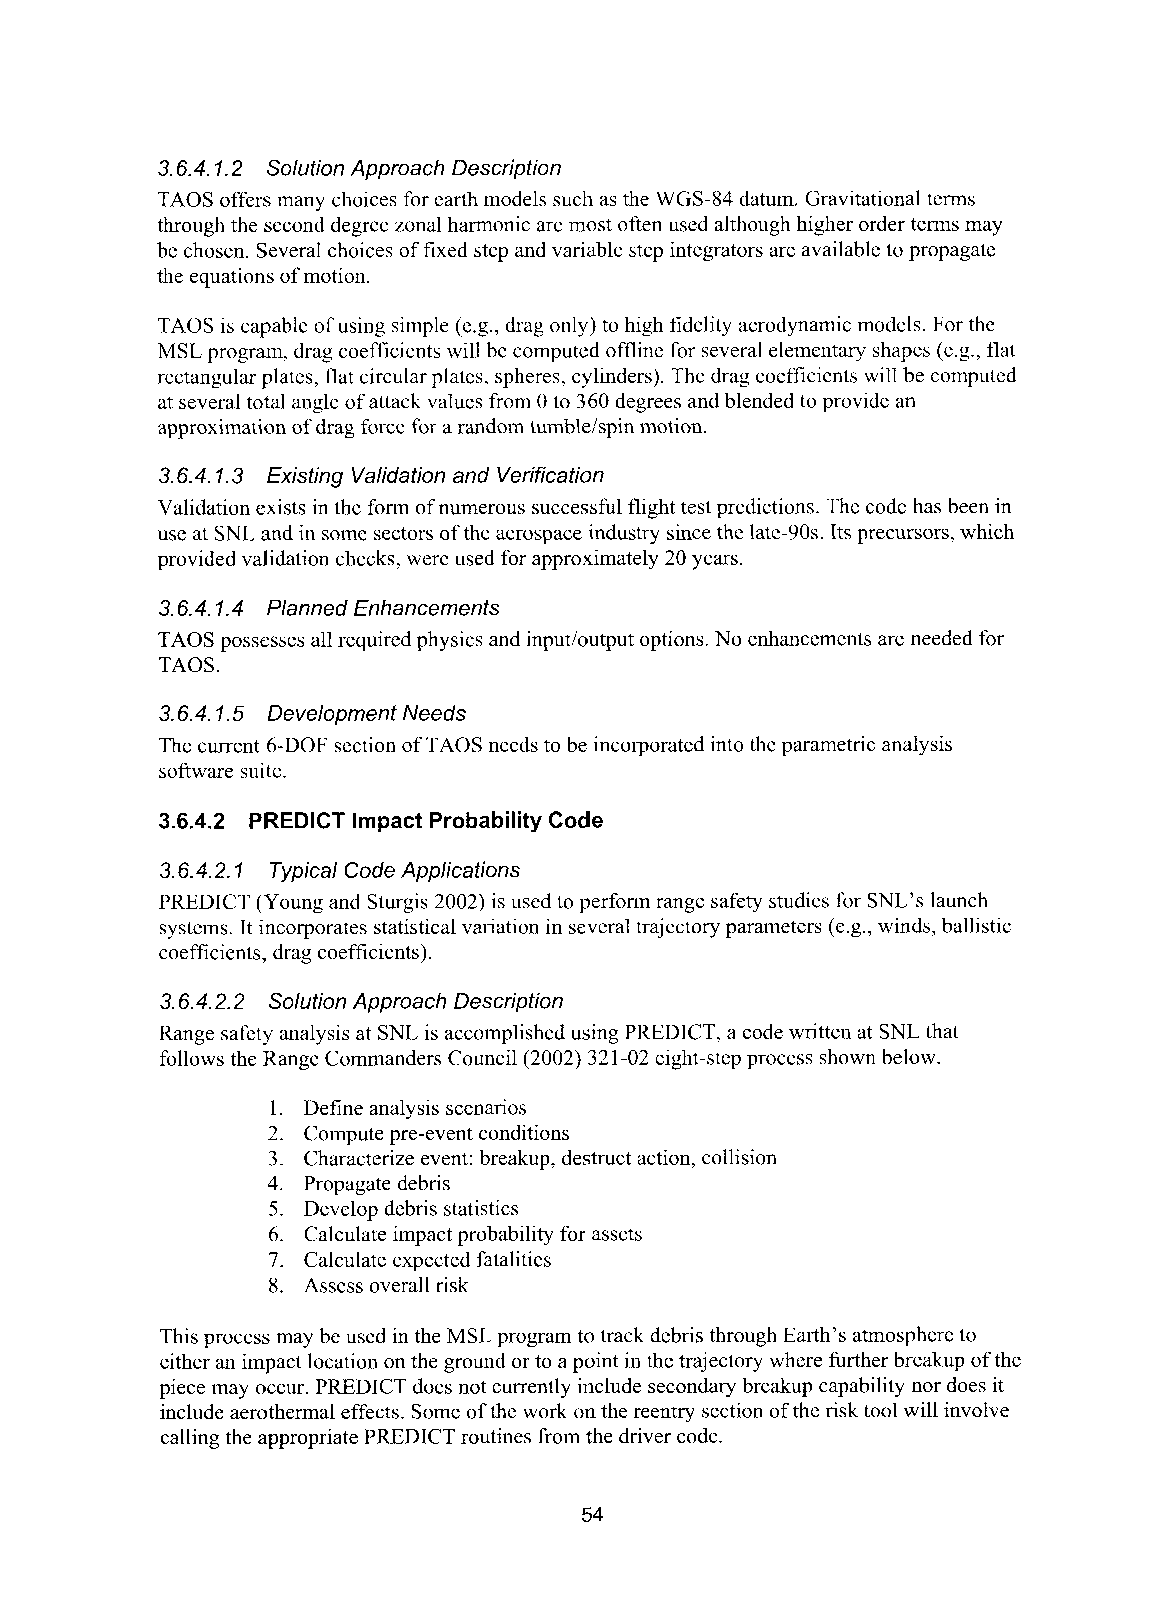
3.6.4. 1.2 Solution Approach Description
 TAOS offers many choices for earth models such as the WGS-84 datum. Gravitational terms
 through the second degree zonal harmonic are most often used although higher order terms may
 be chosen. Several choices of fixed step and variable step integrators are available to propagate
 the equations of motion.
 TAOS is capablc of using simple (e.g., drag only) to high fidelity aerodynamic models. For the
 MSL program, drag coefficients will be computed offline for several elerncntary shapes (e.g., flat
 rectangular plates, flat circular plates, spheres, cylinders). The drag coefficients will be computed
 at several total angle of attack values from 0 to 360 degrees and blended to provide an
 approximation of drag force for a random tumblelspin motion.
 3.6.4.1.3 Existing Validation and Verification
 Validation exists in the form of numerous successful flight test predictions. The code has been in
 use at SNL and in some sectors of the aerospace industry since the late-90s. Its precursors, which
 provided validation checks, were used for approximately 20 years.
 3.6.4.1.4 Planned Enhancements
 TAOS possesses all required physics and input/output options. No enhancements are needed for
 TAOS.
 3.6.4.1.5 Development Needs
 The current 6-DOF section of TAOS needs to be incorporated into the parametric analysis
 software suite.
 3.6.4.2 PREDICT Impact Probability Code
 3.6.4.2.1 Typical Code Applications
 PREDICT (Young and Sturgis 2002) is used to perform range safety studies for SNL’s launch
 systems. It incorporates statistical variation in several trajectory parameters (e.g., winds, ballistic
 coefficients, drag coefficients).
 3.6.4.2.2 Solution Approach Description
 Range safety analysis at SNL is accomplished using PREDICT, a code written at SNL that
 follows the Range Commanders Council (2002) 321 -02 eight-step process shown below.
 1. Define analysis scenarios
 2. Compute pre-event conditions
 3. Characterize event: breakup, destruct action, collision
 4. Propagate debris
 5. Develop debris statistics
 6. Calculate impact probability for assets
 7. Calculate expected fatalities
 8. Assess overall risk
 This process may be used in the MSL program to track debris through Earth’s atmosphere to
 either an impact location on the ground or to a point in the trajectory where further breakup of the
 piece may occur. PREDICT does not currently include secondary breakup capability nor does it
 include aerothermal effects. Some of the work on the reentry section of the risk tool will involve
 calling the appropriate PREDICT routines from the driver code.
 54